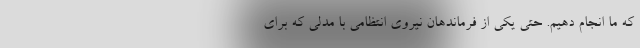
که ما انجام دهیم. حتی یکی از فرماندهان نیروی انتظامی با مدلی که برای